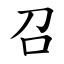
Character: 召